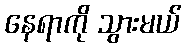
နေရာကို သွားမယ်